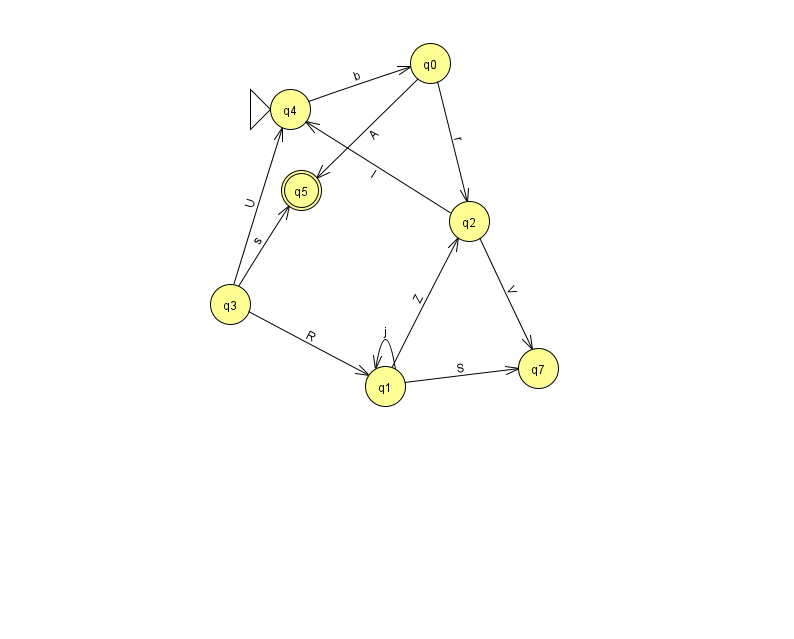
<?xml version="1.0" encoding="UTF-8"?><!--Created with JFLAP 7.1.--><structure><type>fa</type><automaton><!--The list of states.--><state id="0" name="q0"><x>430.0</x><y>50.0</y></state><state id="1" name="q1"><x>385.0</x><y>373.0</y></state><state id="2" name="q2"><x>469.0</x><y>208.0</y></state><state id="3" name="q3"><x>230.0</x><y>291.0</y></state><state id="4" name="q4"><x>290.0</x><y>96.0</y><initial/></state><state id="5" name="q5"><x>301.0</x><y>177.0</y><final/></state><state id="7" name="q7"><x>538.0</x><y>355.0</y></state><!--The list of transitions.--><transition><from>2</from><to>4</to><read>I</read></transition><transition><from>3</from><to>4</to><read>U</read></transition><transition><from>4</from><to>0</to><read>b</read></transition><transition><from>1</from><to>2</to><read>Z</read></transition><transition><from>1</from><to>7</to><read>S</read></transition><transition><from>3</from><to>5</to><read>s</read></transition><transition><from>1</from><to>1</to><read>j</read></transition><transition><from>3</from><to>1</to><read>R</read></transition><transition><from>0</from><to>2</to><read>r</read></transition><transition><from>0</from><to>5</to><read>A</read></transition><transition><from>2</from><to>7</to><read>V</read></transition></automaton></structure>